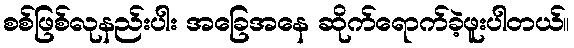
စစ်ဖြစ်လုနည်းပါး အခြေအနေ ဆိုက်ရောက်ခဲ့ဖူးပါတယ်။